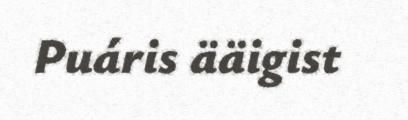
Puáris ääigist